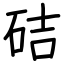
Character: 硈